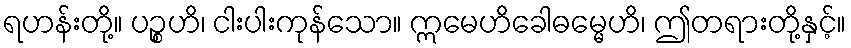
ရဟန်းတို့။ ပဉ္စဟိ၊ ငါးပါးကုန်သော။ ဣမေဟိခေါဓမ္မေဟိ၊ ဤတရားတို့နှင့်။